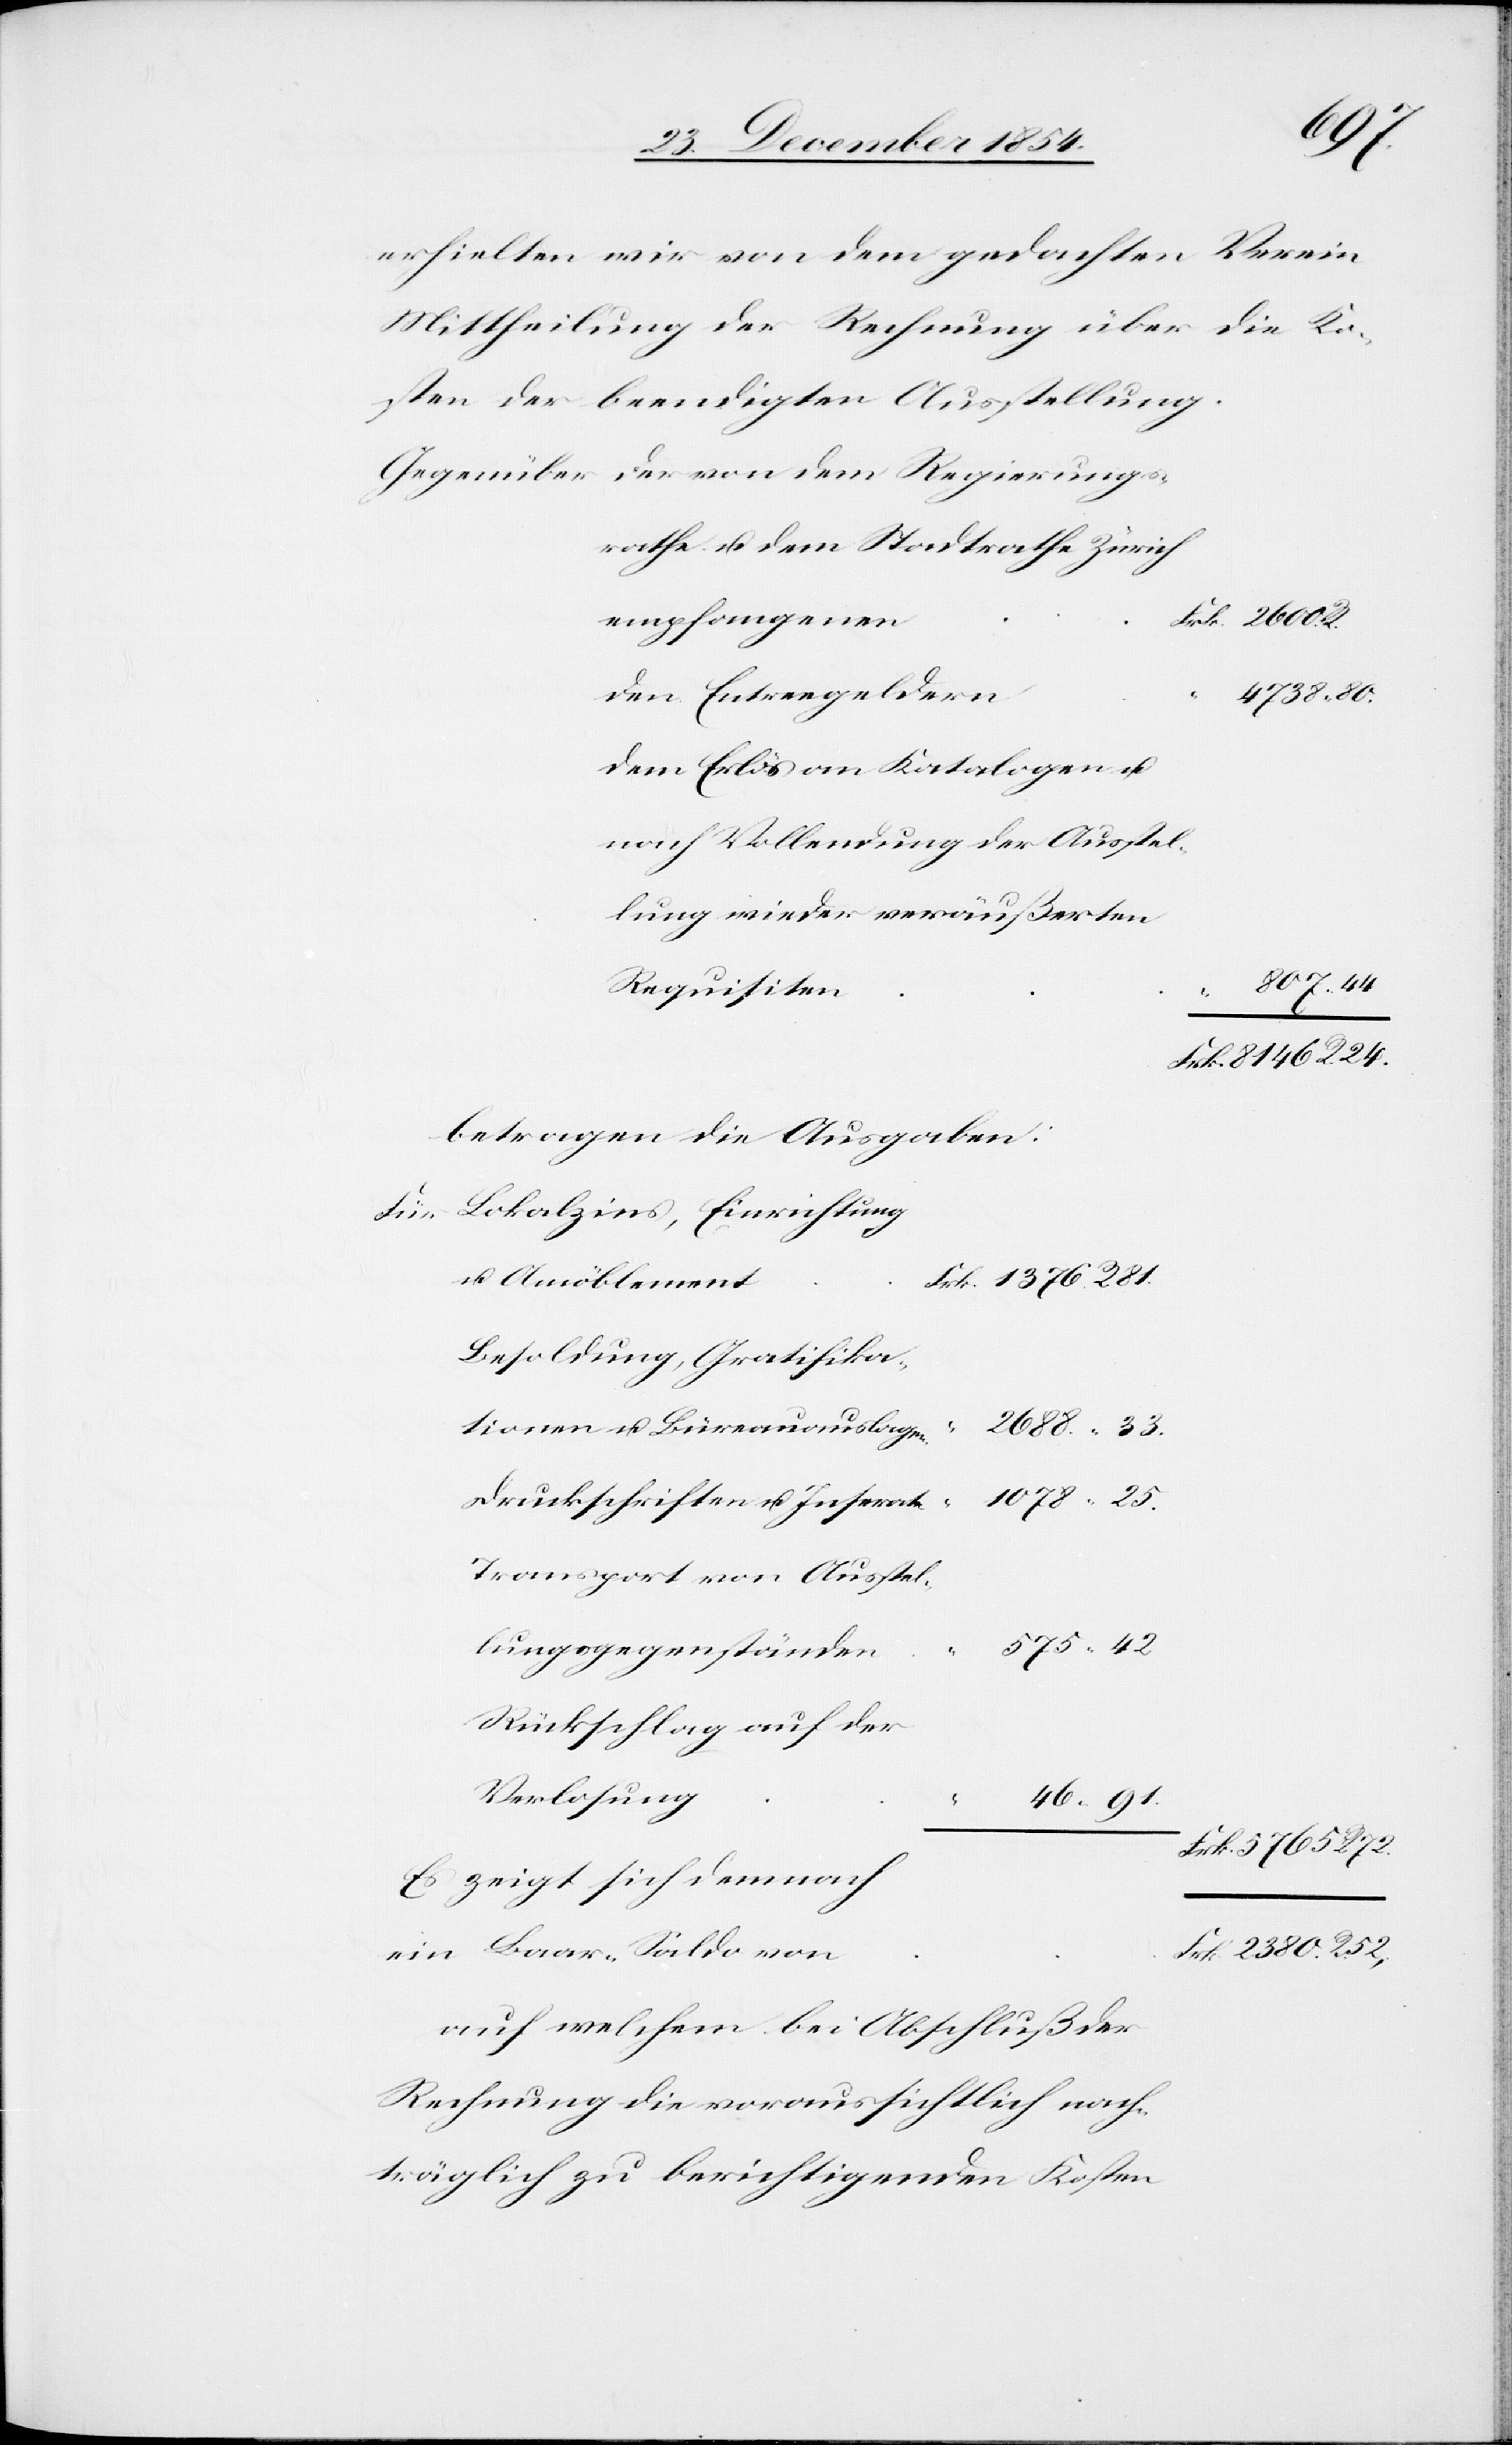
5765
erhielten wir von dem gedachten Verein
Mittheilung der Rechnung über die Ko¬
sten der beendigten Ausstellung.
Gegenüber der von dem Regierungs¬
rathe u. dem Stadtrathe Zürich
empfangenen
den Entreegeldern
4738
dem Erlös an Katalogen u.
nach Vollendung der Ausstel¬
lung wieder veräußerten
Requisiten
R.
betragen die Ausgaben:
Für Lokalzins, Einrichtung
u. Amöblement
Besoldung, Gratifika¬
tionen u. Büreauauslagen
2688.
Druckschriften u. Inserate
Transport von Ausstel¬
lungsgegenständen
42.
Rückschlag auf der
Verlosung
“
Es zeigt sich demnach
ein Baar-Saldo von
auf welchem bei Abschluß der
Rechnung die voraussichtlich nach¬
träglich zu berichtigenden Kosten